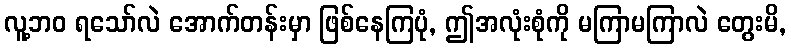
လူ့ဘဝ ရသော်လဲ အောက်တန်းမှာ ဖြစ်နေကြပုံ, ဤအလုံးစုံကို မကြာမကြာလဲ တွေးမိ,